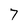
Character: 7